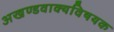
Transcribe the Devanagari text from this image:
अखण्डवाक्यविषयक